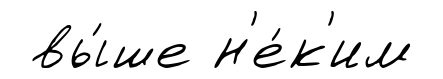
вы́ше н'е́к'им